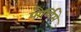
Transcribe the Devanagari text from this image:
पौर्णिमे